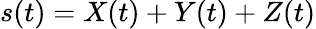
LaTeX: s(t)=X(t)+Y(t)+Z(t)